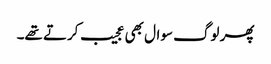
پھر لوگ سوال بھی عجیب کرتے تھے۔